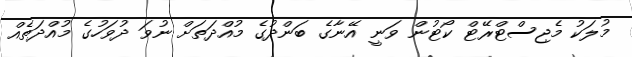
މުލަކު މެޖިސްޓްރޭޓް ކޯޓުން ވަނީ އޭނާގެ ބަންދުގެ މުއްދަތަށް ނުވަ ދުވަހުގެ މުއްދަތެއް